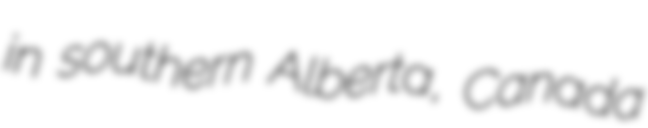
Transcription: in southern Alberta, Canada